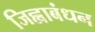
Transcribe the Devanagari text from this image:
जिह्वाबंधन